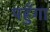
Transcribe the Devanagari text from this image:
पहुँगा